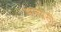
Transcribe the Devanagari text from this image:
मालवेसी